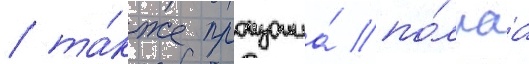
/ та́кже произошла́ по́лнаа